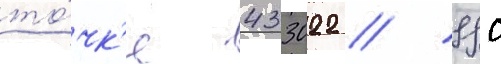
то́чк'е 433022 // 99с